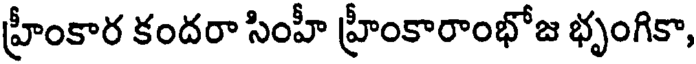
హ్రీంకార కందరా సింహీ హ్రీంకారాంభోజ భృంగికా,